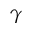
\gamma